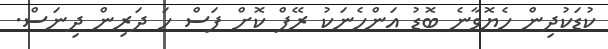
ކުޑަކުދިން ހެޔޮވާނެ ބޮޑު އަންހެނަކު ރޭޕް ކޮށް ފަސް ހަ ދަރިން ދިނަސް.